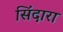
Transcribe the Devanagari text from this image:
सिंदारा